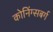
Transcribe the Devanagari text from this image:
कोनिंग्सबर्ग